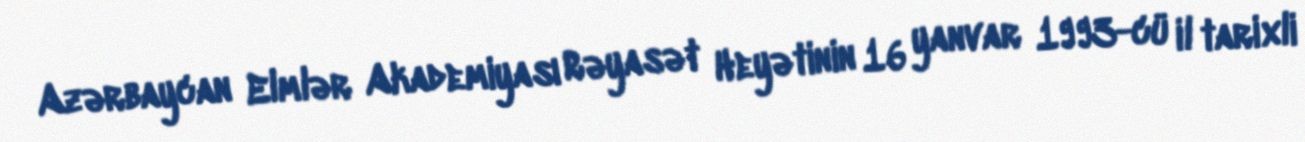
Azərbaycan Elmlər Akademiyası Rəyasət Heyətinin 16 yanvar 1993-cü il tarixli